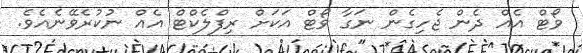
ވޯޓް އެއް ދެން ޖެހިގެން ނަގާ ވޯޓް އަކަށް ރިފްލެކްޓް އެއް ނުކުރެވޭނެއެވެ.